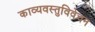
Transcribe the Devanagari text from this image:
काव्यवस्तुविवेचन